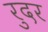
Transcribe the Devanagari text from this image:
रुदर